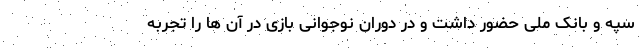
سپه و بانک ملی حضور داشت و در دوران نوجوانی بازی در آن ها را تجربه